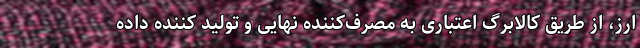
ارز، از طریق کالابرگ اعتباری به مصرف‌کننده نهایی و تولید کننده داده